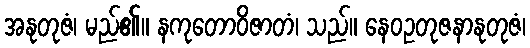
အနုတုဇံ၊ မည်၏။ နကုတောဝိဇာတံ၊ သည်။ နေဝဥတုဇနာနုတုဇံ၊